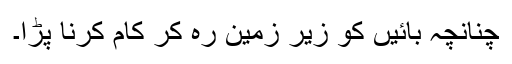
چنانچہ بائیں کو زیرِ زمین رہ کر کام کرنا پڑا۔